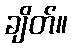
ချိတ်။